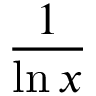
\frac { 1 } { \ln x }